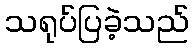
သရုပ်ပြခဲ့သည်